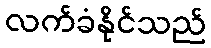
လက်ခံနိုင်သည်